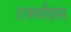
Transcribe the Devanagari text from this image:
टर्क्वाइस